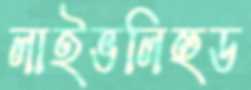
লাইভলিহুড